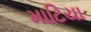
માટિયા